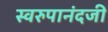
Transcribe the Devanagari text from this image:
स्वरुपानंदजी